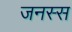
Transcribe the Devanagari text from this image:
जनस्स